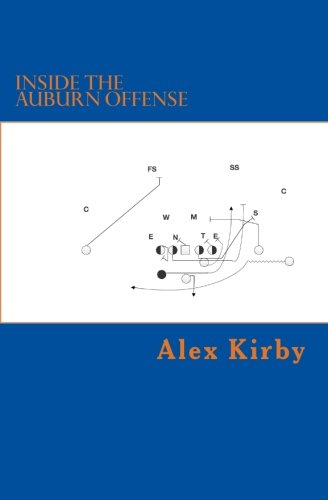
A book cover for Inside the Auburn Offense; Alex Kirby; Sports & Outdoors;